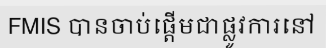
FMIS បានចាប់ផ្តើមជាផ្លូវការនៅ